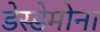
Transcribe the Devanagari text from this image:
डेस्डेमोना